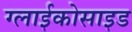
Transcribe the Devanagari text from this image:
ग्लाईकोसाइड